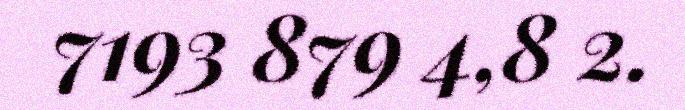
7193 879 4,8 2.